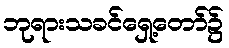
ဘုရားသခင်ရှေ့တော်၌